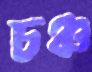
চঞ্চ